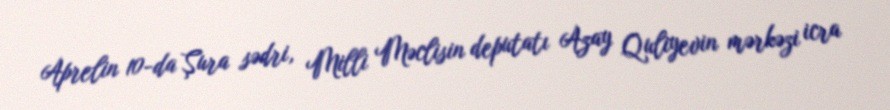
Aprelin 10-da Şura sədri, Milli Məclisin deputatı Azay Quliyevin mərkəzi icra